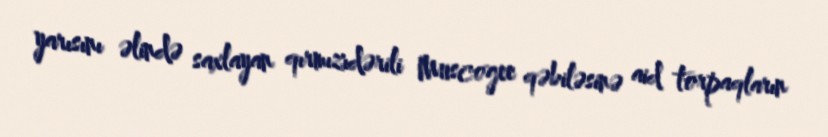
yarısını əlində saxlayan qırmızıdərili Muscogee qəbiləsinə aid torpaqların